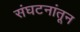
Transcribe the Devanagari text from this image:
संघटनांतून